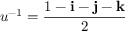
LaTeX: u ^ { - 1 } = { \frac { 1 - \mathbf { i } - \mathbf { j } - \mathbf { k } } { 2 } }